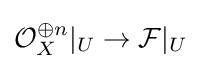
{\mathcal {O}}_{X}^{\oplus n}|_{U}\to {\mathcal {F}}|_{U}